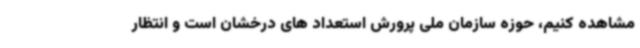
مشاهده کنیم، حوزه سازمان ملی پرورش استعداد های درخشان است و انتظار